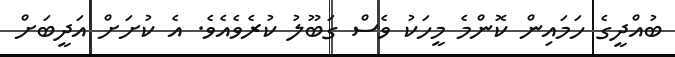
ބުއްދީގެ ހަމައިން ކޮންމެ މީހަކު ވެސް ގަބޫލު ކުރެވެއެވެ. އެ ކުށަށް އަދީބަށް